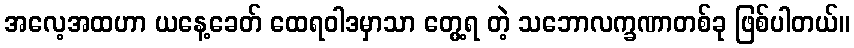
အလေ့အထဟာ ယနေ့ခေတ် ထေရဝါဒမှာသာ တွေ့ရ တဲ့ သဘောလက္ခဏာတစ်ခု ဖြစ်ပါတယ်။